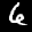
Label: 6